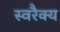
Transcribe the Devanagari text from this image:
स्वरैक्य